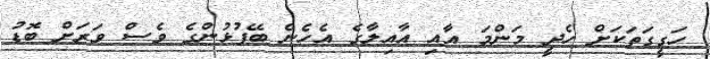
ހަގީގަތަކަށް ހެދީ މަންމަ އާއި އާއިލާގެ އެހެން ބޭފުޅުންގެ ވެސް ވަރަށް ބޮޑު